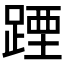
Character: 𲃰